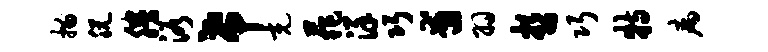
描脱腾浴希充菲详巧甫羽哲巧特病